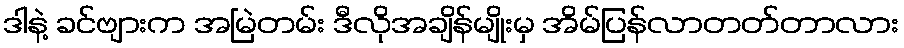
ဒါနဲ့ ခင်ဗျားက အမြဲတမ်း ဒီလိုအချိန်မျိုးမှ အိမ်ပြန်လာတတ်တာလား